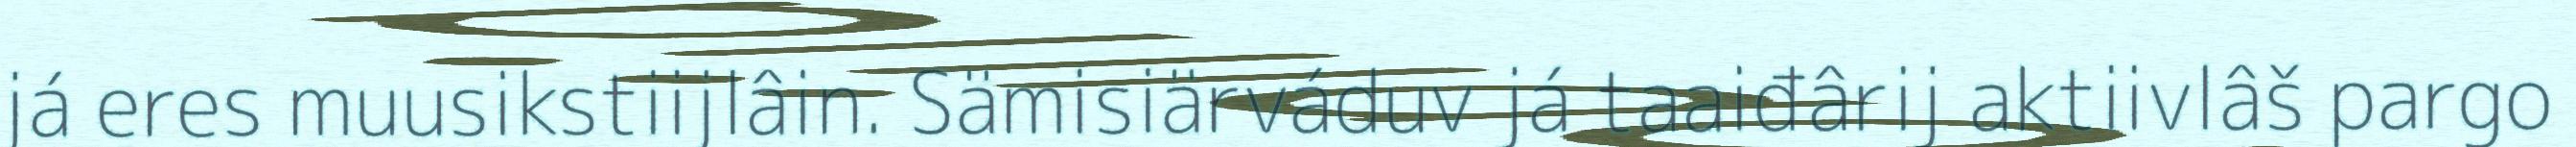
já eres muusikstiijlâin. Sämisiärváduv já taaiđârij aktiivlâš pargo